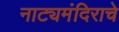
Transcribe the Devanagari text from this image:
नाट्यमंदिराचे